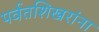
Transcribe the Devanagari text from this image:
पर्वतशिखरांना